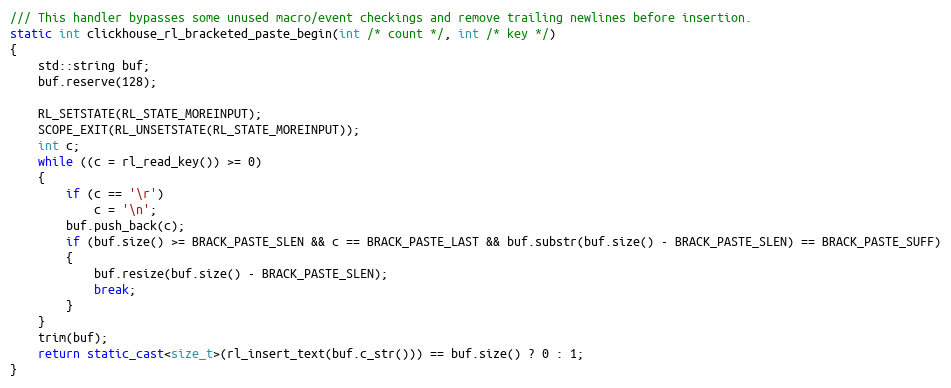
Language: C++
/// This handler bypasses some unused macro/event checkings and remove trailing newlines before insertion.
static int clickhouse_rl_bracketed_paste_begin(int /* count */, int /* key */)
{
    std::string buf;
    buf.reserve(128);

    RL_SETSTATE(RL_STATE_MOREINPUT);
    SCOPE_EXIT(RL_UNSETSTATE(RL_STATE_MOREINPUT));
    int c;
    while ((c = rl_read_key()) >= 0)
    {
        if (c == '\r')
            c = '\n';
        buf.push_back(c);
        if (buf.size() >= BRACK_PASTE_SLEN && c == BRACK_PASTE_LAST && buf.substr(buf.size() - BRACK_PASTE_SLEN) == BRACK_PASTE_SUFF)
        {
            buf.resize(buf.size() - BRACK_PASTE_SLEN);
            break;
        }
    }
    trim(buf);
    return static_cast<size_t>(rl_insert_text(buf.c_str())) == buf.size() ? 0 : 1;
}